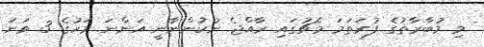
މި މުބާރާތުގެ ފުރަތަަމަ މެޗުގައި ރާއްޖެ ނުކުންނާނީ އަންނަ މަހުގެ 3 ވަނަ